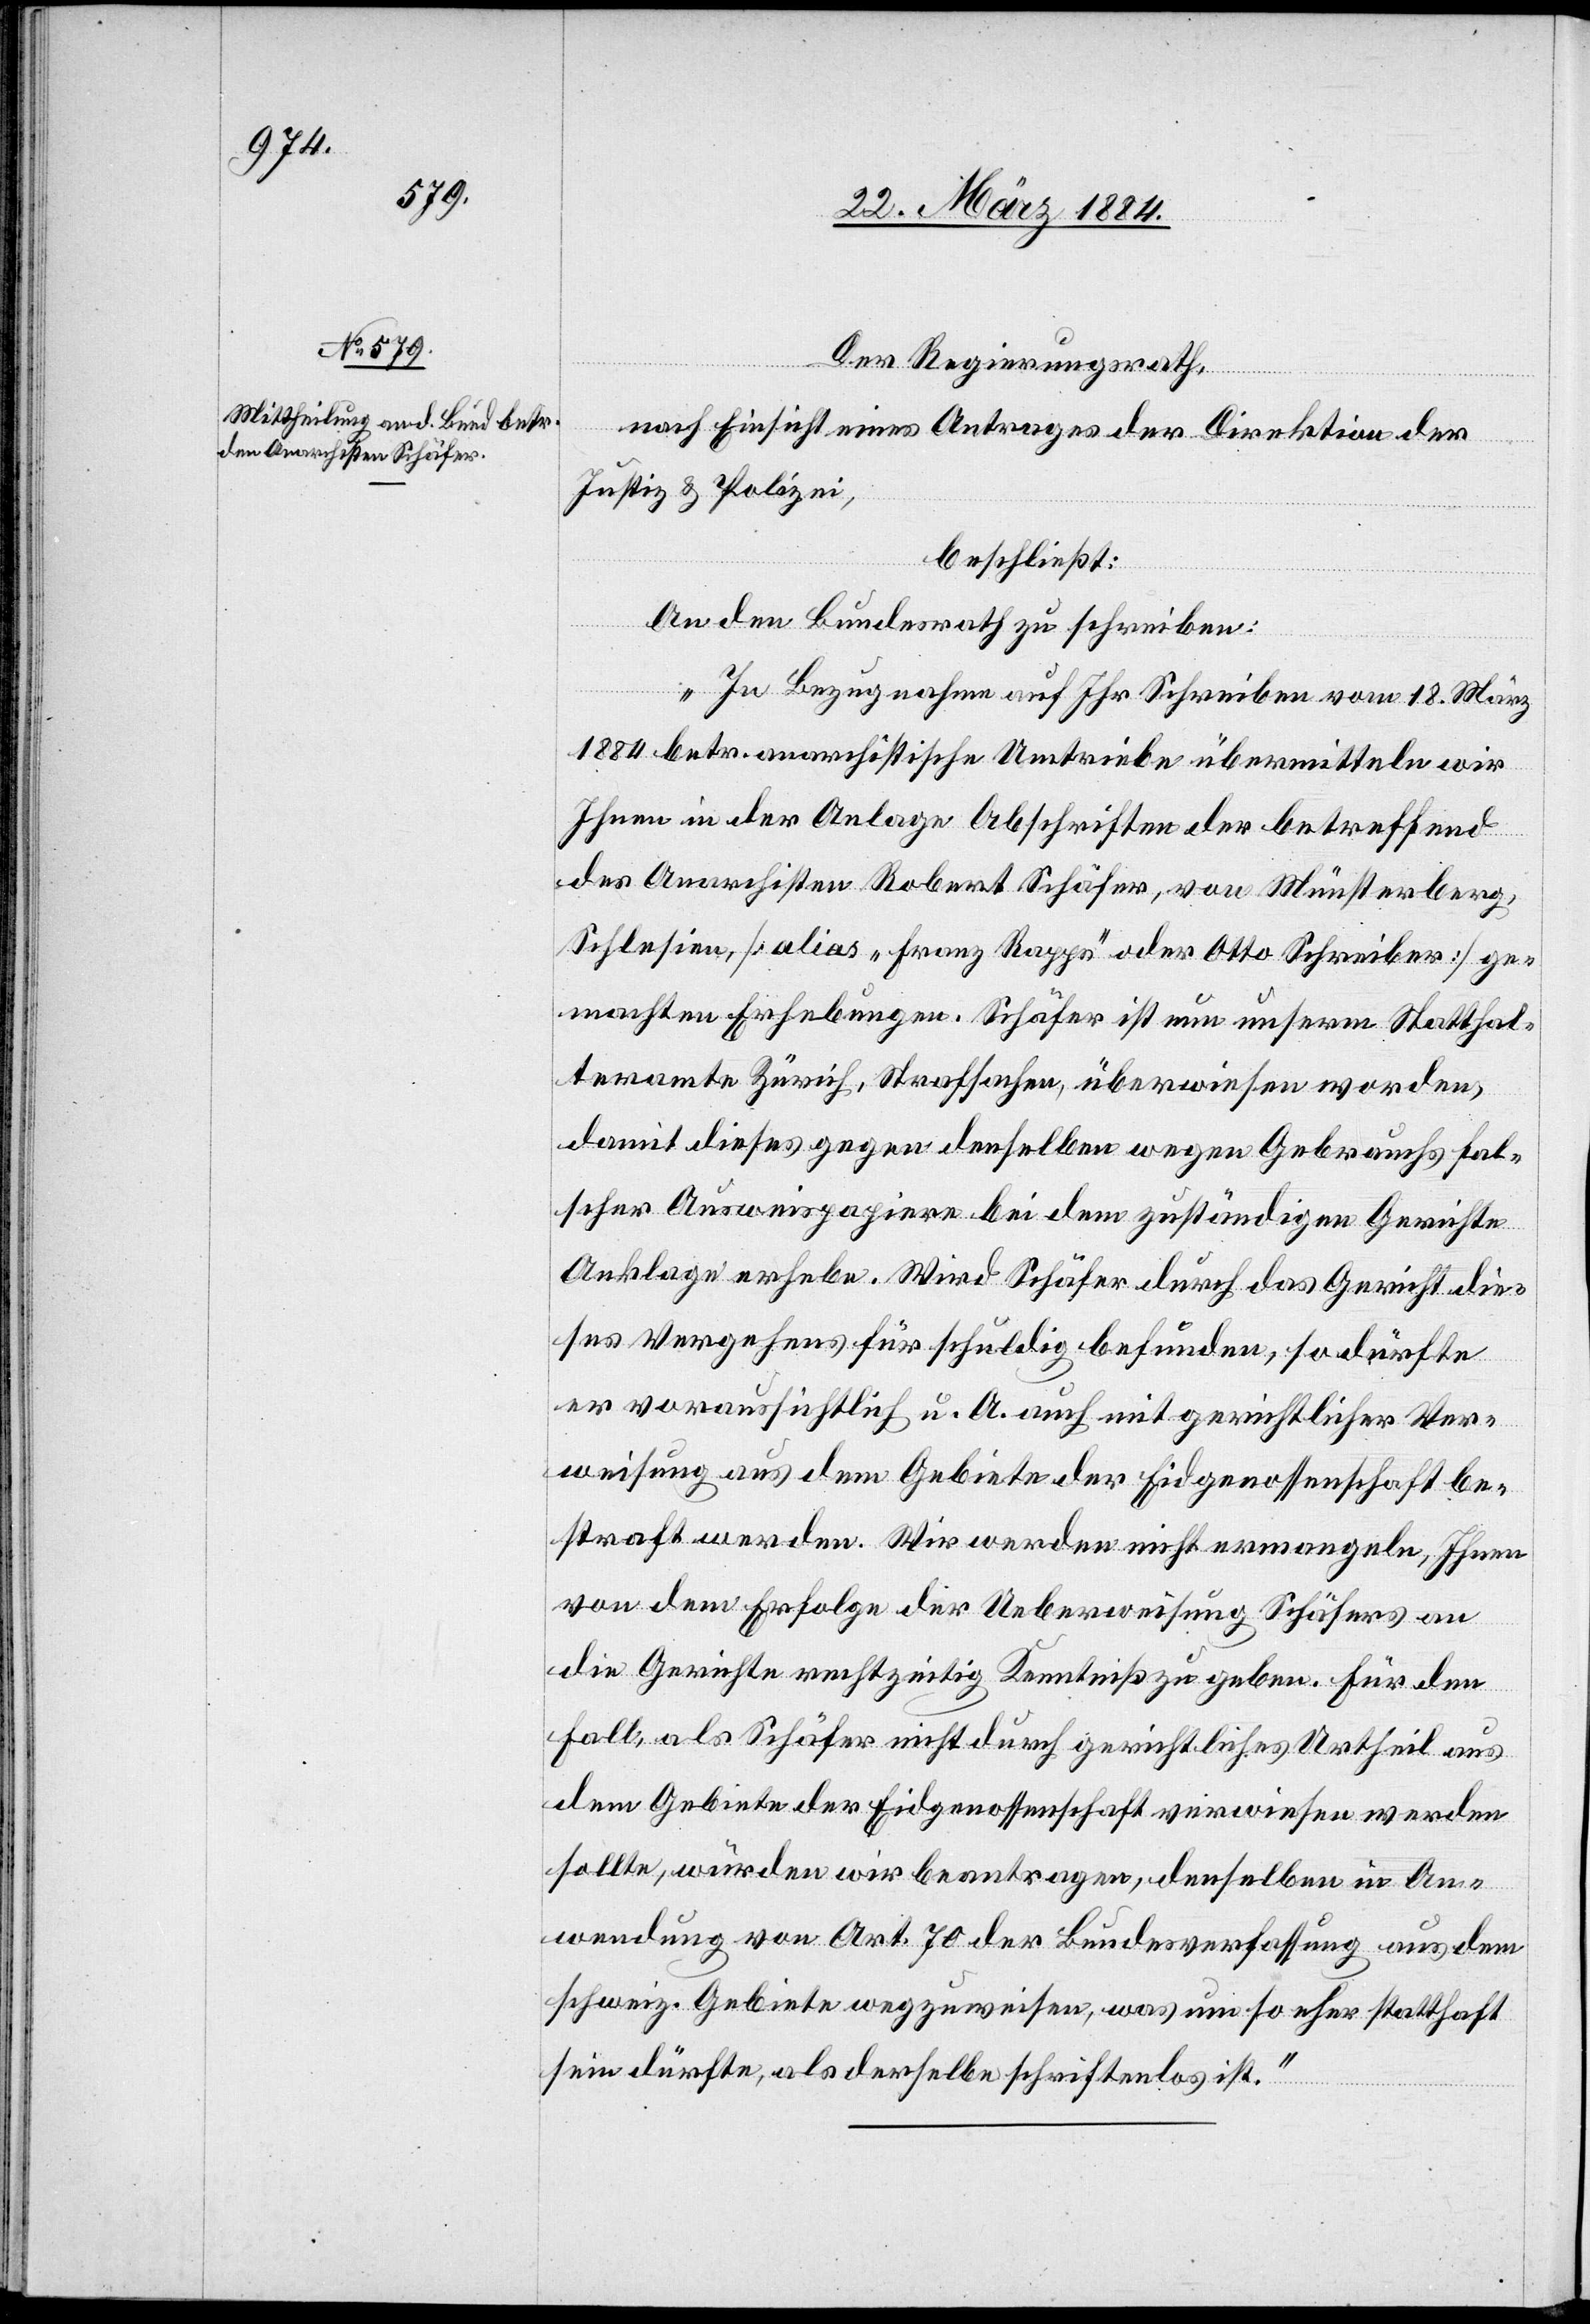
Der Regierungsrath,
nach Einsicht eines Antrages der Direktion der
Justiz & Polizei,
beschließt:
An den Bundesrath zu schreiben:
„In Bezugnahme auf Ihr Schreiben vom 18. März
1884 betr. anarchistische Umtriebe übermitteln wir
Ihnen in der Anlage Abschriften der betreffend
des Anarchisten Robert Schäfer, von Münsterberg,
Schlesien [alias „Franz Rappe“ oder Otto Schreiber] ge¬
machten Erhebungen. Schäfer ist nun unserem Statthal¬
teramte Zürich, Strafsachen, überwiesen worden,
damit dieses gegen denselben wegen Gebrauchs fal¬
scher Ausweispapiere bei dem zuständigen Gerichte
Anklage erhebe. Wird Schäfer durch das Gericht die¬
ses Vergehens für schuldig befunden, so dürfte
er voraussichtlich u. A. auch mit gerichtlicher Ver¬
weisung aus dem Gebiete der Eigenossenschaft be¬
straft werden. Wir werden nicht ermangeln, Ihnen
von dem Erfolge der Ueberweisung Schäfers an
die Gerichte rechtzeitig Kenntniß zu geben. Für den
Fall, als Schäfer nicht durch gerichtliches Urtheil aus
dem Gebiete der Eidgenossenschaft verwiesen werden
sollte, würden wir beantragen, denselben in An¬
wendung von Art. 70 der Bundesverfassung aus dem
schweiz. Gebiete wegzuweisen, was um so eher statthaft
sein dürfte, als derselbe schriftenlos ist.“